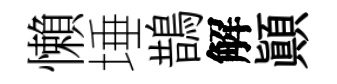
懶埵鵲解顚